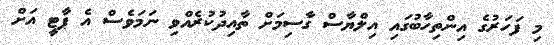
މި ފަހަރުގެ އިންތިހާބުގައި އިލްޔާސް ގާސިމަށް ތާއިދުކުރެއްވި ނަމަވެސް އެ ޕާޓީ އަށް